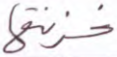
خزنتها